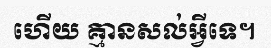
ហើយ គ្មានសល់អ្វីទេ។